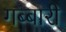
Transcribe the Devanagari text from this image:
गब्बारी